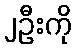
၂ဦးကို